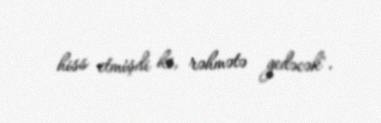
hiss etmişdi ki, rəhmətə gedəcək".